Report on vaccination in Madras 1877-1894 - 1877-1894
Year: 1877
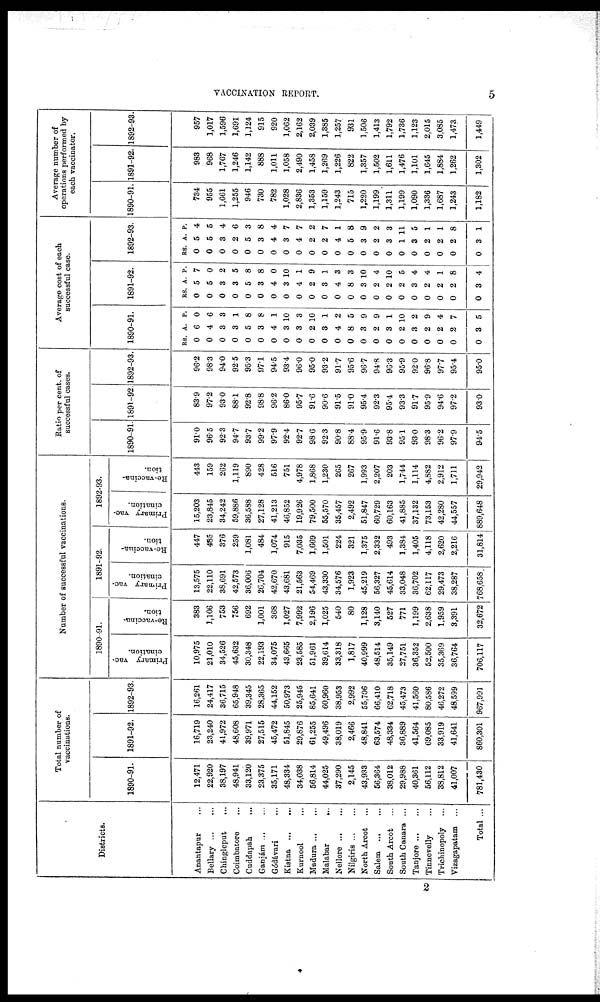
VACCINATION REPORT.
5
Districts.
Anantapur ...
Bellary ... ...
Chingleput
...
Coimbatore ...
Cuddapah ...
Ganjám ... ...
Gódávari ...
Kistna
...
...
Kurnool
...
Madura ... ...
Malabar
...
Nellore ... ...
Nilgiris ... ...
North Arcot ...
Salem
...
...
South Arcot ...
South Canara ...
Tanjore ... ...
Tinnevelly ...
Trichinopoly ...
Vizagapatam ...
Total ...
Total number of
vaccinations.
1890-91.
12,471
22,920
38,197
48,941
33,120
23,375
35,171
48,334
34,038
56,814
44,025
37,290
2,145
43,933
56,364
38,012
29,988
40,361
56,112
38,812
41,007
781,430
1891-92.
16,719
23,240
41,972
48,608
39,971
27,515
45,472
51,845
29,876
61,255
49,496
38,019
2,466
48,841
63,574
48,334
36,889
41,564
69,085
33,919
41,641
860,301
1892-93.
16,261
24,417
36,715
65,948
39,345
28,365
44,152
50,973
25,945
85,641
60,960
38,953
2,992
55,706
66,410
62,718
45,473
41,560
80,586
46,272
48,599
967,991
Number of successful vaccinations.
1890-91.
Primary vac-
cination.
10,975
21,010
34,526
45,632
30,348
22,193
34,075
43,665
23,585
51,961
39,614
33,318
1,817
40,999
48,514
35,149
27,751
36,352
52,500
35,369
36,764
706,117
Re-vaccina-
tion.
383
1,106
753
756
692
1,001
368
1,027
7,992
2,196
1,025
540
80
1,128
3,140
527
771
1,199
2,638
1,959
3,391
32,672
1891-92.
Primary vac-
cination.
13,575
22,110
38,691
42,573
36,006
26,704
42,670
43,681
21,563
54,469
43,330
34,576
1,923
45,219
56,327
45,614
33,048
36,702
62,117
29,473
38,287
768,658.
Re-vaccina-
tion.
447
485
376
259
1,081
484
1,074
915
7,035
1,669
1,501
224
321
1,375
2,332
493
1,384
1,405
4,118
2,620
2,216
31,814
1892-93.
Primary vac-
cination.
15,203
23,845
34,242
59,886
36,588
27,128
41,213
46,852
19,926
79,500
55,570
35,457
2,492
51,847
60,729
60,163
41,885
37,132
73,153
42,280
44,557
889,648
Re-vaccina-
tion.
443
159
262
1,119
890
428
516
751
4,978
1,868
1,230
265
267
1,993
2,207
203
1,744
1,114
4,882
2,912
1,711
29,942
Ratio per cent. of
successful cases.
1890-91.
91.0
96.5
92.3
94.7
93.7
99.2
97.9
92.4
92.7
98.6
92.3
90.8
88.4
95.9
91.6
938
95.1
93.0
98.3
96.2
97.7
94.5
1891-92.
83.9
97.2
93.0
88.1
92.8
98.8
96.2
86.0
95.7
91.6
90.6
91.5
91.0
95.4
92.3
95.4
93.3
91.7
95.9
94.6
97.2
93.0
1892-93.
96.2
98.3
94.0
92.5
95.3
97.1
94.5
93.4
96.0
95.0
93.2
91.7
95.6
96.7
94.8
96.3
95.9
92.0
96.8
97.7
95.4
95.0
Average cost of each
successful case.
1890-91.
RS.
0
0
0
0
0
0
0
0
0
0
0
0
0
0
0
0
0
0
0
0
0
0
A.
6
4
3
3
5
3
4
3
3
2
3
4
8
3
2
3
2
3
2
2
2
3
P.
0
6
3
1
8
8
1
10
3
10
1
2
5
9
9
1
10
2
9
4
7
5
1891-92.
RS.
0
0
0
0
0
0
0
0
0
0
0
0
0
0
0
0
0
0
0
0
0
0
A.
5
5
3
3
5
3
4
3
4
2
3
4
8
3
2
2
2
3
2
2
2
3
P.
7
0
2
5
8
8
0
10
1
9
1
3
3
10
4
10
5
4
4
1
8
4
1892-93.
RS.
0
0
0
0
0
0
0
0
0
0
0
0
0
0
0
0
0
0
0
0
0
0
A.
5
5
3
2
5
3
4
3
4
2
2
4
5
3
2
3
1
3
2
2
2
3
P.
4
5
4
6
3
8
4
7
7
2
7
1
8
9
2
3
11
5
1
1
8
1
Average number of
operations performed by
each vaccinator.
1890-91.
734
955
1,661
1,255
946
730
782
1,028
2,836
1,353
1,159
1,243
715
1,220
1,199
1,311
1,199
1,090
1,336
1,687
1,243
1,182
1891-92.
983
968
1,767
1,246
1,142
888
1,011
1,058
2,490
1,458
1,269
1,226
822
1,357
1,502
1,611
1,476
1,101
1,645
1,884
1,262
1,302
1892-93.
957
1,017
1,596
1,691
1,124
915
920
1,062
2,162
2,039
1,385
1,257
931
1,506
1,413
1,792
1,736
1,123
2,015
3,085
1,473
1,449
2